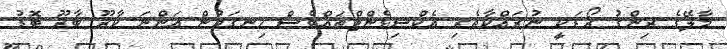
މާލޭގެ ރިންގު ރޯޑަކީ ނުރައްކާތެރި އެކްސިޑެންޓްތައްވެސް ހިނގަމުން އަންނަ ކާރޫ ބާރޫ ބޮޑު